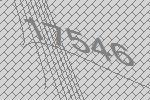
17546